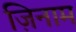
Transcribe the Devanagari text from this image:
ज़िनाम